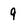
Character: 9